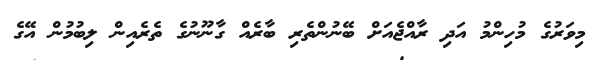
މިވަރުގެ މުހިންމު އަދި ރާއްޖެއަށް ބޭނުންތެރި ބާރެއް ގާނޫނުގެ ތެރެއިން ލިބުމުން އޭގެ